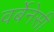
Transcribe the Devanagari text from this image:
वर्बेनेसी